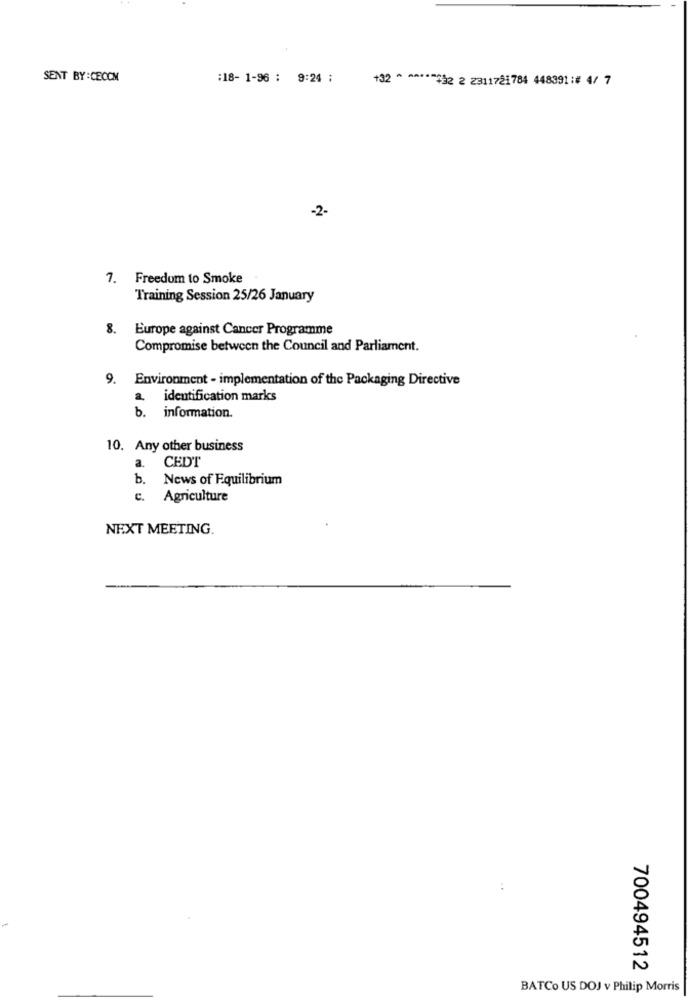
SENT BY :CECCM
:18- 1-96 : 9:24 ;
+32 * ******* 2 2 2311721784 448391 :# 4/ 7
-2-
7. Freedom to Smoke
Training Session 25/26 January
8. Europe against Cancer Programme
Compromise between the Council and Parliament.
9. Environment - implementation of the Packaging Directive
a. identification marks
b. information.
10. Any other business
CEDT
a.
b. News of Equilibrium
c.
Agriculture
NEXT MEETING.
700494512
BATCo US DOJ v Philip Morris